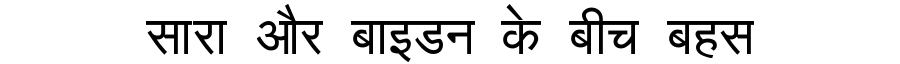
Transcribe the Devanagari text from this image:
सारा और बाइडन के बीच बहस